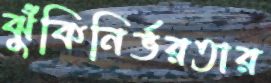
ঝুঁকিনির্ভরতার